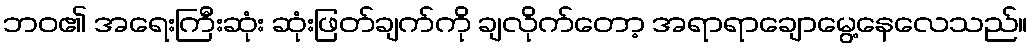
ဘဝ၏ အရေးကြီးဆုံး ဆုံးဖြတ်ချက်ကို ချလိုက်တော့ အရာရာချောမွေ့နေလေသည်။